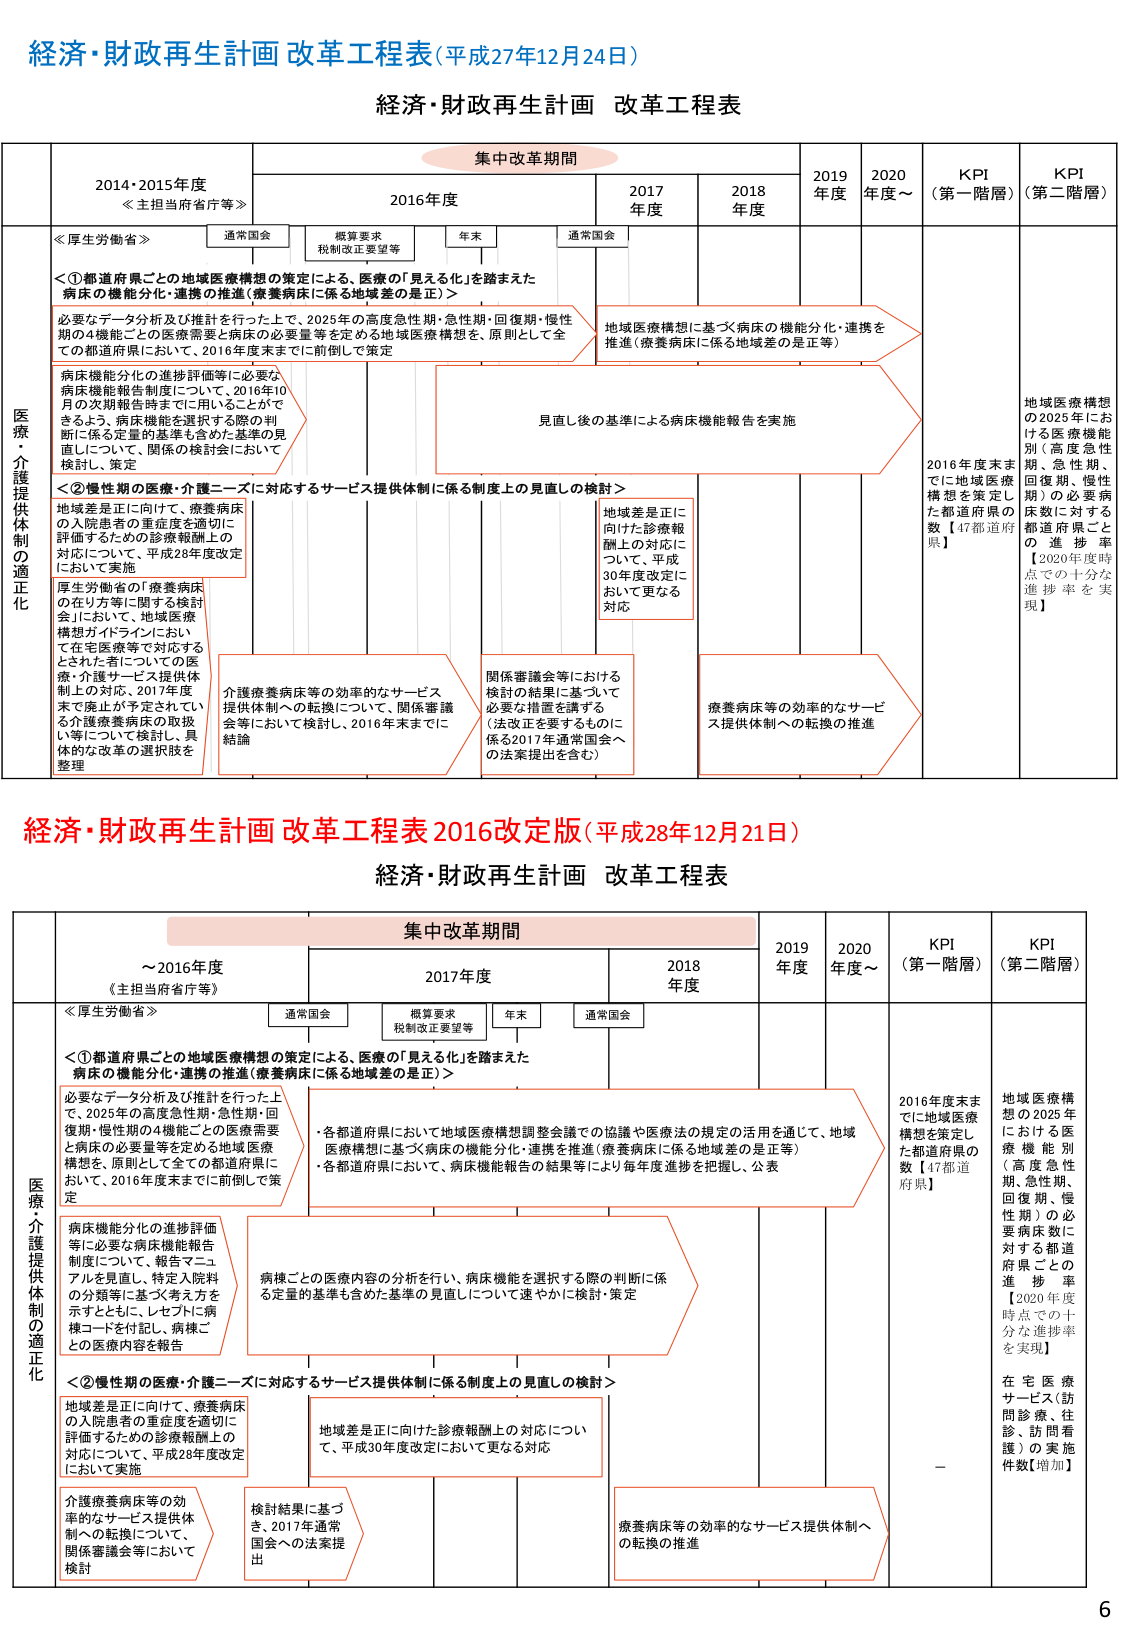
経済・財政再生計画 改革工程表（平成27年12月24日）

経済・財政再生計画 改革工程表

集中改革期間

2014・2015年度
≪主担当省庁等≫

2016年度

2017年度

2018年度

2019年度

2020年度～

KPI（第一階層）

KPI（第二階層）

通常国会

概算要求
税制改正要望等

年末

通常国会

医療・介護提供体制の適正化

≪厚生労働省≫

＜①都道府県ごとの地域医療構想の策定による、医療の「見える化」を踏まえた病床の機能分化・連携の推進（療養病床に係る地域差の是正）＞

必要なデータ分析及び推計を行った上で、2025年の高度急性期・急性期・回復期・慢性期の4機能ごとの医療需要と病床の必要量等を定める地域医療構想を、原則として全ての都道府県において、2016年度末までに前倒しで策定

病床機能分化の進捗評価等に必要な病床機能報告制度について、2016年10月の次期報告時までに用いることができるように、病床機能を選択する際の判断に係る定量的基準も含めた基準の見直しについて、関係の検討会において検討・策定

＜②慢性期の医療・介護ニーズに対応するサービス提供体制に係る制度上の見直しの検討＞

地域差是正に向けて、療養病床の入院患者の重症度を適切に評価するための診療報酬上の対応について、平成28年度改定において実施

厚生労働省の「療養病床の在り方等に関する検討会」において、地域医療構想ガイドラインにおいて在宅医療等で対応するとされた者についての医療・介護サービス提供体制上の対応、2017年度末で廃止が予定されている介護療養病床の取扱い等について検討し、具体的な改革の選択肢を整理

地域医療構想に基づく病床の機能分化・連携を推進（療養病床に係る地域差の是正等）

見直し後の基準による病床機能報告を実施

地域差是正に向けた診療報酬上の対応について、平成30年度改定において更なる対応

介護療養病床等の効率的なサービス提供体制への転換について、関係審議会等において検討し、2016年末までに結論

関係審議会等における検討の結果に基づいて必要な措置を講ずる（法改正を要するものに係る2017年通常国会への法案提出を含む）

療養病床等の効率的なサービス提供体制への転換の推進

2016年度末までに地域医療構想を策定した都道府県の数【47都道府県】

地域医療構想の2025年における医療機能別（高度急性期、急性期、回復期、慢性期）の必要病床数に対する都道府県ごとの進捗率【2020年度時点での十分な進捗率を実現】

経済・財政再生計画 改革工程表 2016改定版（平成28年12月21日）

経済・財政再生計画 改革工程表

集中改革期間

～2016年度
《主担当省庁等》

2017年度

2018年度

2019年度

2020年度～

KPI（第一階層）

KPI（第二階層）

通常国会

概算要求
税制改正要望等

年末

通常国会

医療・介護提供体制の適正化

≪厚生労働省≫

＜①都道府県ごとの地域医療構想の策定による、医療の「見える化」を踏まえた病床の機能分化・連携の推進（療養病床に係る地域差の是正）＞

必要なデータ分析及び推計を行った上で、2025年の高度急性期・急性期・回復期・慢性期の4機能ごとの医療需要と病床の必要量等を定める地域医療構想を、原則として全ての都道府県において、2016年度末までに前倒しで策定

病床機能分化の進捗評価等に必要な病床機能報告制度について、報告マニュアルを見直し、特定入院料の分類等に基づく考え方を示すとともに、レセプトに病棟コードを付記し、病棟ごとの医療内容を報告

・各都道府県において地域医療構想調整会議での協議や医療法の規定の活用を通じて、地域医療構想に基づく病床の機能分化・連携を推進（療養病床に係る地域差の是正等）
・各都道府県において、病床機能報告の結果等により毎年度進捗を把握し、公表

病棟ごとの医療内容の分析を行い、病床機能を選択する際の判断に係る定量的基準も含めた基準の見直しについて速やかに検討・策定

＜②慢性期の医療・介護ニーズに対応するサービス提供体制に係る制度上の見直しの検討＞

地域差是正に向けて、療養病床の入院患者の重症度を適切に評価するための診療報酬上の対応について、平成28年度改定において実施

地域差是正に向けた診療報酬上の対応について、平成30年度改定において更なる対応

介護療養病床等の効率的なサービス提供体制への転換について、関係審議会等において検討

検討結果に基づき、2017年通常国会への法案提出

療養病床等の効率的なサービス提供体制への転換の推進

2016年度末までに地域医療構想を策定した都道府県の数【47都道府県】

地域医療構想の2025年における医療機能別（高度急性期、急性期、回復期、慢性期）の必要病床数に対する都道府県ごとの進捗率【2020年度時点での十分な進捗率を実現】

在宅医療サービス（訪問診療、往診、訪問看護）の実施件数【増加】

6